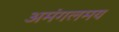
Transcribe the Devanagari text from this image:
अमंगलमय